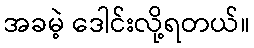
အခမဲ့ ဒေါင်းလို့ရတယ်။